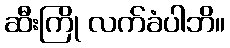
ဆီးကြို လက်ခံပါဘိ။